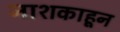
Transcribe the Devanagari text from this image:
नाशकाहून